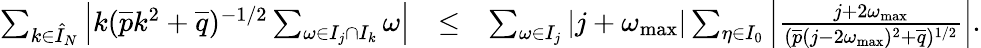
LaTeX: \begin{array}{rlr}{\sum_{k\in\hat{I}_{N}}\left|k(\overline{{p}}k^{2}+\overline{{q}})^{-1/2}\sum_{\omega\in I_{j}\cap I_{k}}\omega\right|}&{\leq}&{\sum_{\omega\in I_{j}}|j+\omega_{\operatorname*{max}}|\sum_{\eta\in I_{0}}\left|\frac{j+2\omega_{\operatorname*{max}}}{(\overline{{p}}(j-2\omega_{\operatorname*{max}})^{2}+\overline{{q}})^{1/2}}\right|.}\end{array}